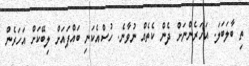
ތި ބާލަބަލަ. އަހަރެންނަށް ދެން ކެތެއް ނުވާނެ. ހުސްއެކަނި ބައްޕައަށް ލިބޭކަށް އަހަރެން